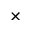
\times